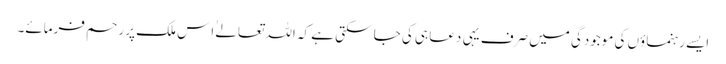
ایسے رَہنماؤں کی موجودگی میں صرف یہی دعا ہی کی جا سکتی ہے کہ اللہ تعالےٰ اِس ملک پر رحم فرمائے۔